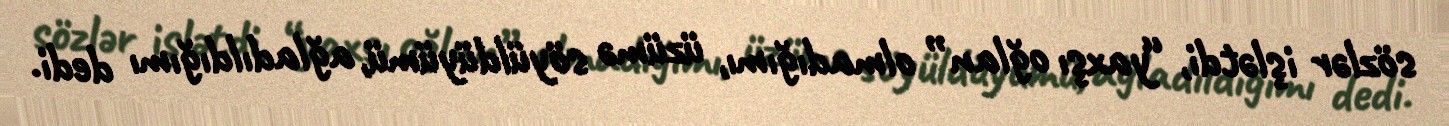
sözlər işlətdi, “yaxşı oğlan” olmadığımı, üzümə söyüldüyümü, ağladıldığımı dedi.